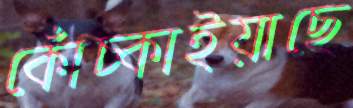
কোঁচ্‌কাইয়াছে